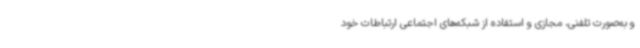
و به‌صورت تلفنی، مجازی و استفاده از شبکه‌های اجتماعی ارتباطات خود